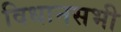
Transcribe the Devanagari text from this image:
विधानसभी